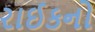
રાઈકનો